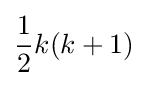
{\dfrac {1}{2}}k(k+1)